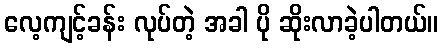
လေ့ကျင့်ခန်း လုပ်တဲ့ အခါ ပို ဆိုးလာခဲ့ပါတယ်။